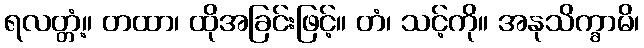
ရလတ္တံ့။ တထာ၊ ထိုအခြင်းဖြင့်။ တံ၊ သင့်ကို။ အနုသိက္ခာမိ၊